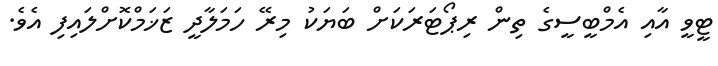
ޓީވީ އާއި އެމްބީސީގެ ތިން ރިޕޯޓަރަކަށް ބަޔަކު މިރޭ ހަމަލާދީ ޒަޚަމްކޮށްލައިފި އެވެ.